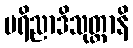
ပရိညာဒိသုတ္တာနိ